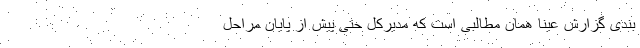
بندی گزارش عیناً همان مطالبی است که مدیرکل حتی پیش از پایان مراحل